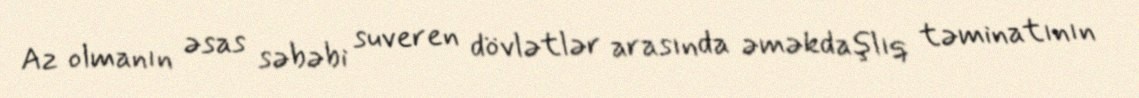
Az olmanın əsas səbəbi suveren dövlətlər arasında əməkdaşlıq təminatının